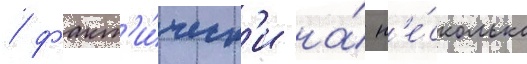
/ факт'и́ческ'и на́ н'е́сколько